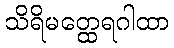
သိရိမတ္ထေရဂါထာ